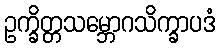
ဥက္ခိတ္တသမ္ဘောဂသိက္ခာပဒံ